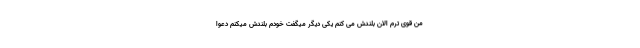
من قوی ترم الان بلندش می کنم یکی دیگر میگفت خودم بلندش میکنم دعوا